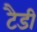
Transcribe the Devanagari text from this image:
टैडी